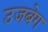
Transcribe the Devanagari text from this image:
उजबेग